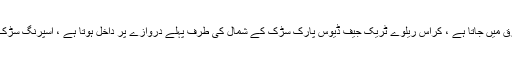
یو ایس ہائی وے 81B اور ہائی وے اوکے 17 کا جنکشن مشرق میں جاتا ہے ، کراس ریلوے ٹریک جیف ڈیوس پارک سڑک کے شمال کی طرف پہلے دروازے پر داخل ہوتا ہے ، اسپرنگ سڑک کے دائیں طرف سیدھے سرے سے پوشیدہ پویلین پر واقع ہے۔